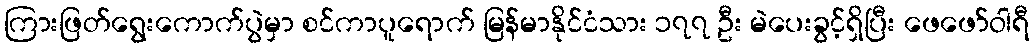
ကြားဖြတ်ရွေးကောက်ပွဲမှာ စင်ကာပူရောက် မြန်မာနိုင်ငံသား ၁၇၇ ဦး မဲပေးခွင့်ရှိပြီး ဖေဖော်ဝါရီ